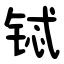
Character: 铽